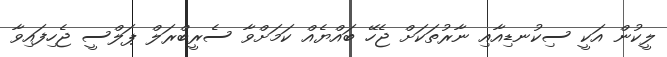
ލީކުން އަކީ ސިކުނޑިއާއި ނާރުތަކަށް ޖެހޭ ބައްޔެއް ކަމަށްވާ ސެރީބްރަލް ޕަލްސީ ޖެހިފައިވާ